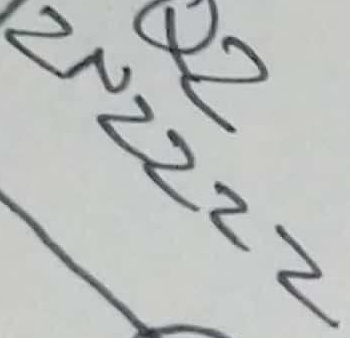
Text: 2N2222